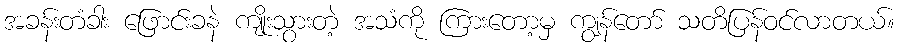
အခန်းတံခါး ဖြောင်းခနဲ ကျိုးသွားတဲ့ အသံကို ကြားတော့မှ ကျွန်တော် သတိပြန်ဝင်လာတယ်။